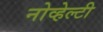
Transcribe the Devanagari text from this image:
नोव्हेल्टी